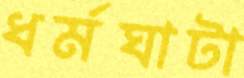
ধর্মঘাটা